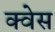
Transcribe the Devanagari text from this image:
क्वेस